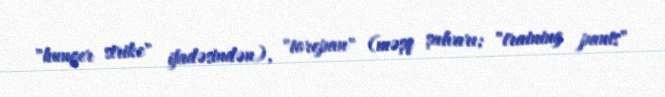
"hunger strike" ifadəsindən), "torepan" (məşq şalvarı; "training pants"